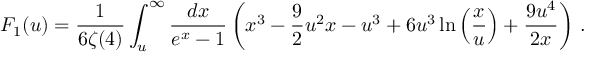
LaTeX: F _ { 1 } ( u ) = \frac { 1 } { 6 \zeta ( 4 ) } \int _ { u } ^ { \infty } \frac { d x } { e ^ { x } - 1 } \left( x ^ { 3 } - \frac { 9 } { 2 } u ^ { 2 } x - u ^ { 3 } + 6 u ^ { 3 } \ln \left( \frac { x } { u } \right) + \frac { 9 u ^ { 4 } } { 2 x } \right) \, .